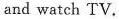
and watch TV.